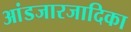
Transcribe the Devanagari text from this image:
आंडजारजादिका